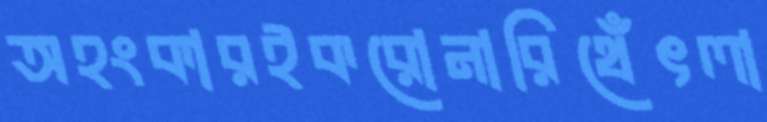
অহংকারইকরোনারিথেঁৎলা